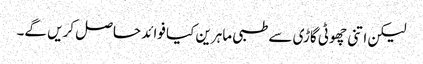
لیکن اتنی چھوٹی گاڑی سے طبی ماہرین کیا فوائد حاصل کریں گے۔